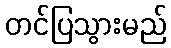
တင်ပြသွားမည်